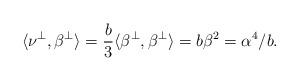
LaTeX: \begin{align*}\langle\nu^\perp,\beta^\perp\rangle=\frac{b}{3}\langle\beta^\perp,\beta^\perp\rangle=b\beta^2=\alpha^4/b.\end{align*}